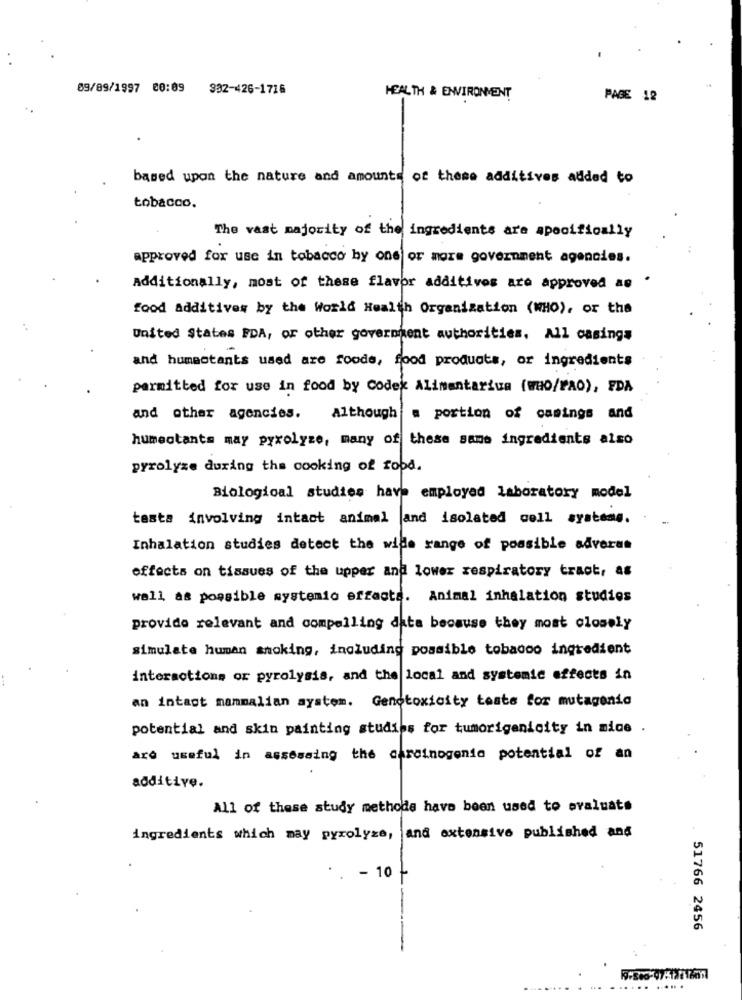
09/89/1997 00:09 932-426-1726
HEALTH & ENVIRONMENT
PAGE 12
based upon the nature and amounts of these additives added to
tobacco.
The vast majority of the ingredients are specifically
approved for use in tobacco by one or more government agencies.
Additionally, most of these flavor additives are approved as "
food additives by the World Health Organization (WHO), or the
United States FDA, or other government authorities, All casings
and humectants used are foods, food products, or ingredients
permitted for use in food by Codex Alimentarius (WHO/FAO), FDA
and other agencies.
Although
a portion of casings and
humeotants may pyrolyze, many of these same ingredients also
pyrolyse during the cooking of food.
Biological studies have employed laboratory model
tests involving intact animal and isolated cell systems.
Inhalation studies detect the wide range of possible adveras
effects on tissues of the upper and lower respiratory tract, as
wall as possible systemic erfacta. Animal inhalation studios
provide relevant and compelling data because they most closely
simulate human smoking, including possible tobacco ingredient
interactions or pyrolysis, and the local and systemic effects in
an intact mammalian aystem. Genotoxicity tests for mutagenic
potential and skin painting studies for tumorigenicity in mice .
are useful in assessing the carcinogenic potential of an
additive.
All of these study methode have been used to evaluate
ingredients which may pyrolyse, and extensive published and
- 10
51766 2456
.... ......